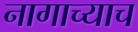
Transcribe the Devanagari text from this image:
नागाच्याच